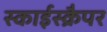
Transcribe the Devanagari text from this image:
स्काईस्क्रैपर